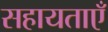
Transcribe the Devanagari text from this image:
सहायताएँ